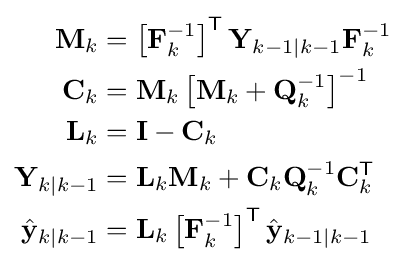
{\begin{aligned}\mathbf {M} _{k}&=\left[\mathbf {F} _{k}^{-1}\right]^{\textsf {T}}\mathbf {Y} _{k-1\mid k-1}\mathbf {F} _{k}^{-1}\\\mathbf {C} _{k}&=\mathbf {M} _{k}\left[\mathbf {M} _{k}+\mathbf {Q} _{k}^{-1}\right]^{-1}\\\mathbf {L} _{k}&=\mathbf {I} -\mathbf {C} _{k}\\\mathbf {Y} _{k\mid k-1}&=\mathbf {L} _{k}\mathbf {M} _{k}+\mathbf {C} _{k}\mathbf {Q} _{k}^{-1}\mathbf {C} _{k}^{\textsf {T}}\\{\hat {\mathbf {y} }}_{k\mid k-1}&=\mathbf {L} _{k}\left[\mathbf {F} _{k}^{-1}\right]^{\textsf {T}}{\hat {\mathbf {y} }}_{k-1\mid k-1}\end{aligned}}